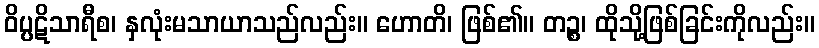
ဝိပ္ပဋိသာရီစ၊ နှလုံးမသာယာသည်လည်း။ ဟောတိ၊ ဖြစ်၏။ တဉ္စ၊ ထိုသို့ဖြစ်ခြင်းကိုလည်း။